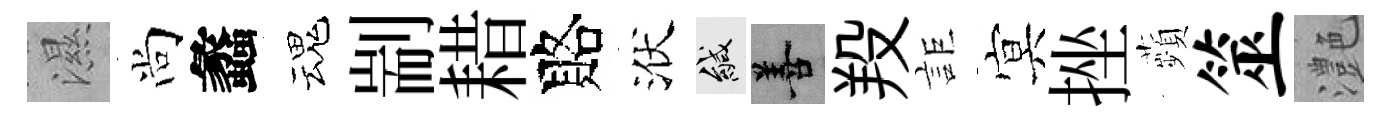
濕尚蠡魂剬耤賂洑緘善羖詎㝠挫蘋筮灔